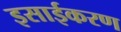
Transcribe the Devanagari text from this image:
इसाईकरण